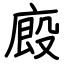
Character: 廄